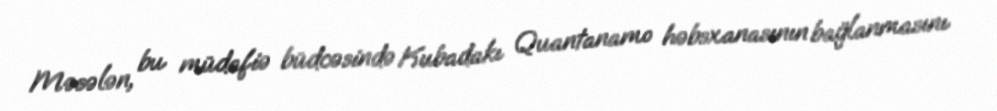
Məsələn, bu müdafiə büdcəsində Kubadakı Quantanamo həbsxanasının bağlanmasını